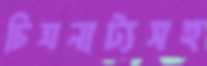
চিত্রনাট্যসহ